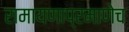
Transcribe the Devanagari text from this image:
रामायणाप्रमाणेच